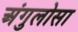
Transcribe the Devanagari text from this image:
अंगुलोसा